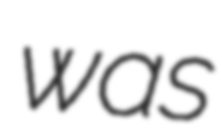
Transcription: was